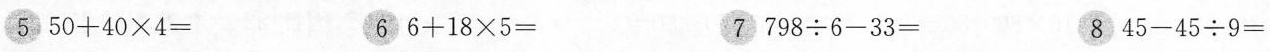
5 $$5 0 + 4 0 \times 4 =$$ 6 $$6 + 1 8 \times 5 =$$ 7 $$7 9 8 \div 6 - 3 3 =$$ 8 $$4 5 - 4 5 \div 9 =$$